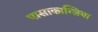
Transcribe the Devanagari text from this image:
पासाकाग्लिया